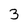
Character: 3